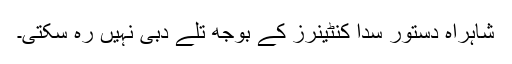
شاہراہ دستور سدا کنٹینرز کے بوجھ تلے دبی نہیں رہ سکتی۔